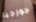
جورجيا